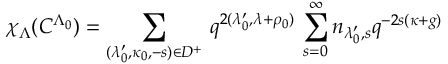
\chi _ { \Lambda } ( C ^ { \Lambda _ { 0 } } ) = \sum _ { ( \lambda _ { 0 } ^ { \prime } , \kappa _ { 0 } , - s ) \in D ^ { + } } \, q ^ { 2 ( \lambda _ { 0 } ^ { \prime } , \lambda + \rho _ { 0 } ) } \, \sum _ { s = 0 } ^ { \infty } n _ { \lambda _ { 0 } ^ { \prime } , s } q ^ { - 2 s ( \kappa + g ) }